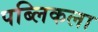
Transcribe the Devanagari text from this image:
पब्लिकला